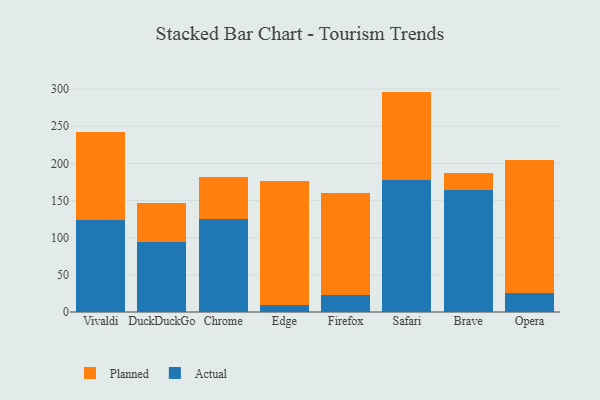
{"axis": {"x": "Browser", "y": "Customer Acquisition Cost (USD)"}, "legend": ["Actual", "Planned"], "data": [{"x": "Vivaldi", "y": 124.3, "type": "Actual"}, {"x": "Vivaldi", "y": 118.1, "type": "Planned"}, {"x": "DuckDuckGo", "y": 94.2, "type": "Actual"}, {"x": "DuckDuckGo", "y": 51.9, "type": "Planned"}, {"x": "Chrome", "y": 125.0, "type": "Actual"}, {"x": "Chrome", "y": 56.1, "type": "Planned"}, {"x": "Edge", "y": 9.1, "type": "Actual"}, {"x": "Edge", "y": 166.9, "type": "Planned"}, {"x": "Firefox", "y": 22.9, "type": "Actual"}, {"x": "Firefox", "y": 137.3, "type": "Planned"}, {"x": "Safari", "y": 177.8, "type": "Actual"}, {"x": "Safari", "y": 118.9, "type": "Planned"}, {"x": "Brave", "y": 164.1, "type": "Actual"}, {"x": "Brave", "y": 23.2, "type": "Planned"}, {"x": "Opera", "y": 25.3, "type": "Actual"}, {"x": "Opera", "y": 179.5, "type": "Planned"}]}